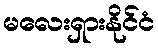
မလေးရှားနိုင်ငံ